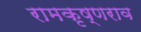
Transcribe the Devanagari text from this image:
रामकृष्णराव